Vital statistics of India. Vol. IV, Annual returns from 1871 to 1876. British Army of India, Native Army and jails of Bengal
Year: 1871
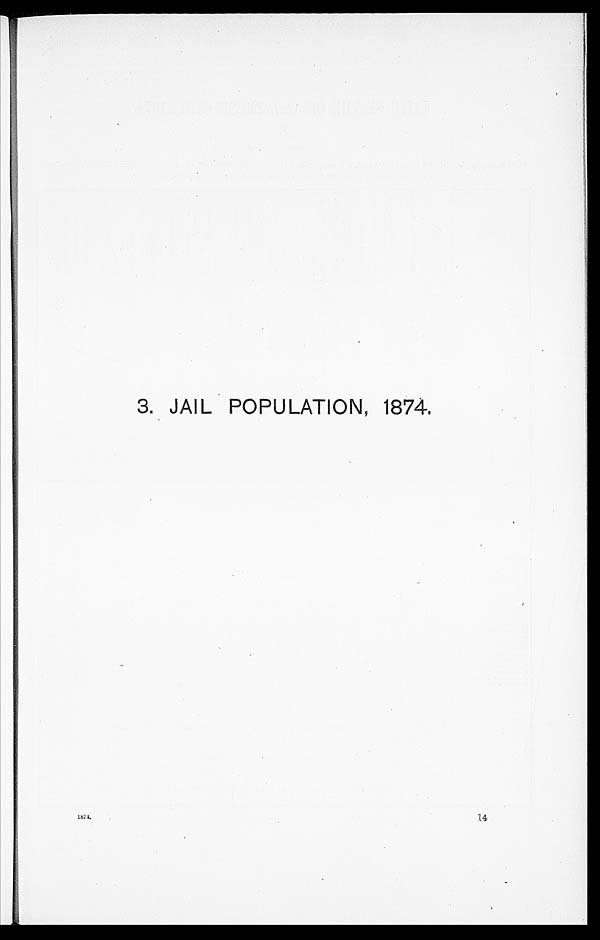
3. JAIL POPULATION, 1874.